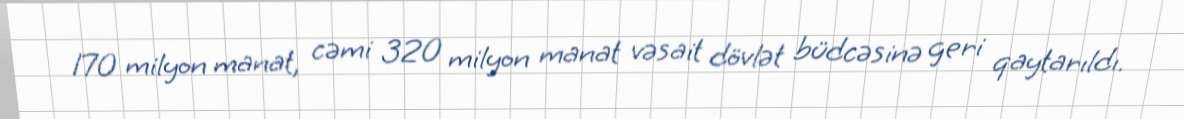
170 milyon manat, cəmi 320 milyon manat vəsait dövlət büdcəsinə geri qaytarıldı.